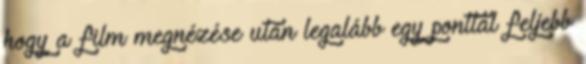
hogy a film megnézése után legalább egy ponttal feljebb